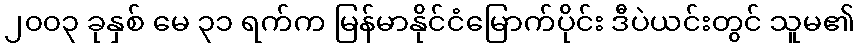
၂၀၀၃ ခုနှစ် မေ ၃၁ ရက်က မြန်မာနိုင်ငံမြောက်ပိုင်း ဒီပဲယင်းတွင် သူမ၏